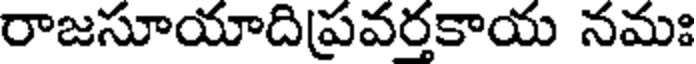
రాజసూయాదిప్రవరకాయ నమః